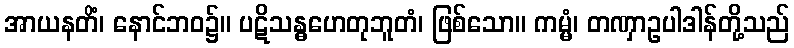
အာယနတိံ၊ နောင်ဘဝ၌။ ပဋိသန္ဓဟေတုဘူတံ၊ ဖြစ်သော။ ကမ္မံ၊ တဏှာဥပါဒါန်တို့သည်